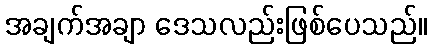
အချက်အချာ ဒေသလည်းဖြစ်ပေသည်။